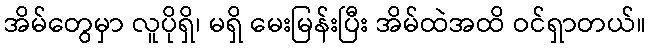
အိမ်တွေမှာ လူပိုရှိ၊ မရှိ မေးမြန်းပြီး အိမ်ထဲအထိ ဝင်ရှာတယ်။